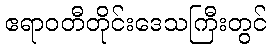
ဧရာဝတီတိုင်းဒေသကြီးတွင်